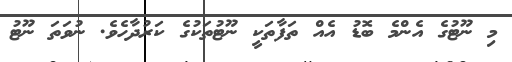
މި ނޫޓުގެ އެންމެ ބޮޑު އެއް ތަފާތަކީ ނޫޓުތަކުގެ ކަރުދާހެވެ. ނުވަތަ ނޫޓު